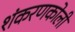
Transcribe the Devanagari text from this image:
शंकरणकोली